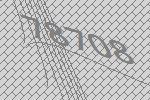
78708